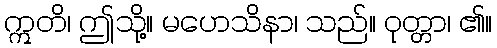
ဣတိ၊ ဤသို့။ မဟေသိနာ၊ သည်။ ဝုတ္တာ၊ ၏။